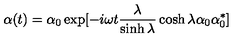
\alpha ( t ) = \alpha _ { 0 } \exp [ - i \omega t \frac { \lambda } { \sinh \lambda } \cosh \lambda \alpha _ { 0 } \alpha _ { 0 } ^ { * } ]